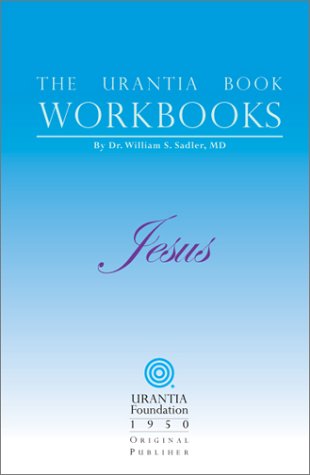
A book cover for The Urantia Book Workbooks: Volume IV - Jesus; Religion & Spirituality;